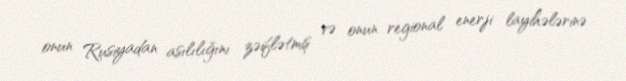
onun Rusiyadan asılılığını zəiflətmiş və onun regional enerji layihələrinə